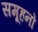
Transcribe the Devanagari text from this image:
समूहनों